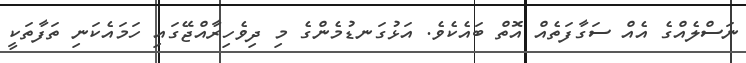
ނަސްލެއްގެ އެއް ސަގާފަތެއް އޮތް ބައެކެވެ. އަޅުގަނޑުމެންގެ މި ދިވެހިރާއްޖޭގައި ހަމައެކަނި ތަފާތަކީ